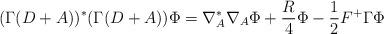
LaTeX: \begin{align*}(\Gamma (D+A))^*(\Gamma (D+A))\Phi=\nabla_A^*\nabla_A\Phi+\frac{R}{4}\Phi-\frac{1}{2}F^+ \Gamma \Phi\end{align*}